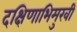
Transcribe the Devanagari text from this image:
दक्षिणाभिमुखी